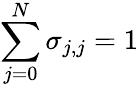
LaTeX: \sum_{j=0}^{N}\sigma_{j,j}=1